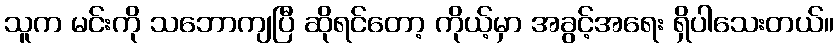
သူက မင်းကို သဘောကျပြီ ဆိုရင်တော့ ကိုယ့်မှာ အခွင့်အရေး ရှိပါသေးတယ်။